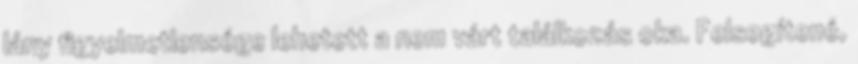
lány figyelmetlensége lehetett a nem várt találkozás oka. Felsegítené,